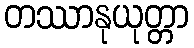
တဿာနုယုတ္တာ